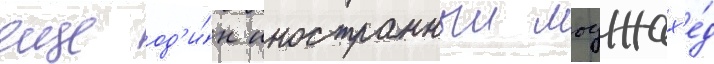
еще од'и́н иностранныи моджах'е́д